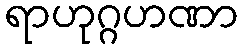
ရာဟုဂ္ဂဟဏာ